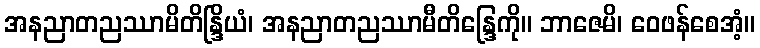
အနညာတညဿာမိတိန္ဒြိယံ၊ အနညာတညဿာမီတိန္ဒြေကို။ ဘာဇေမိ၊ ဝေဖန်စေအံ့။